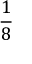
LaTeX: \frac { 1 } { 8 }